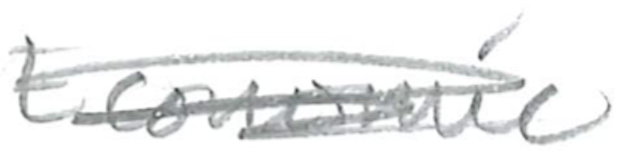
Text: Economic
Cross-out: scratch
Writing tool: pencil